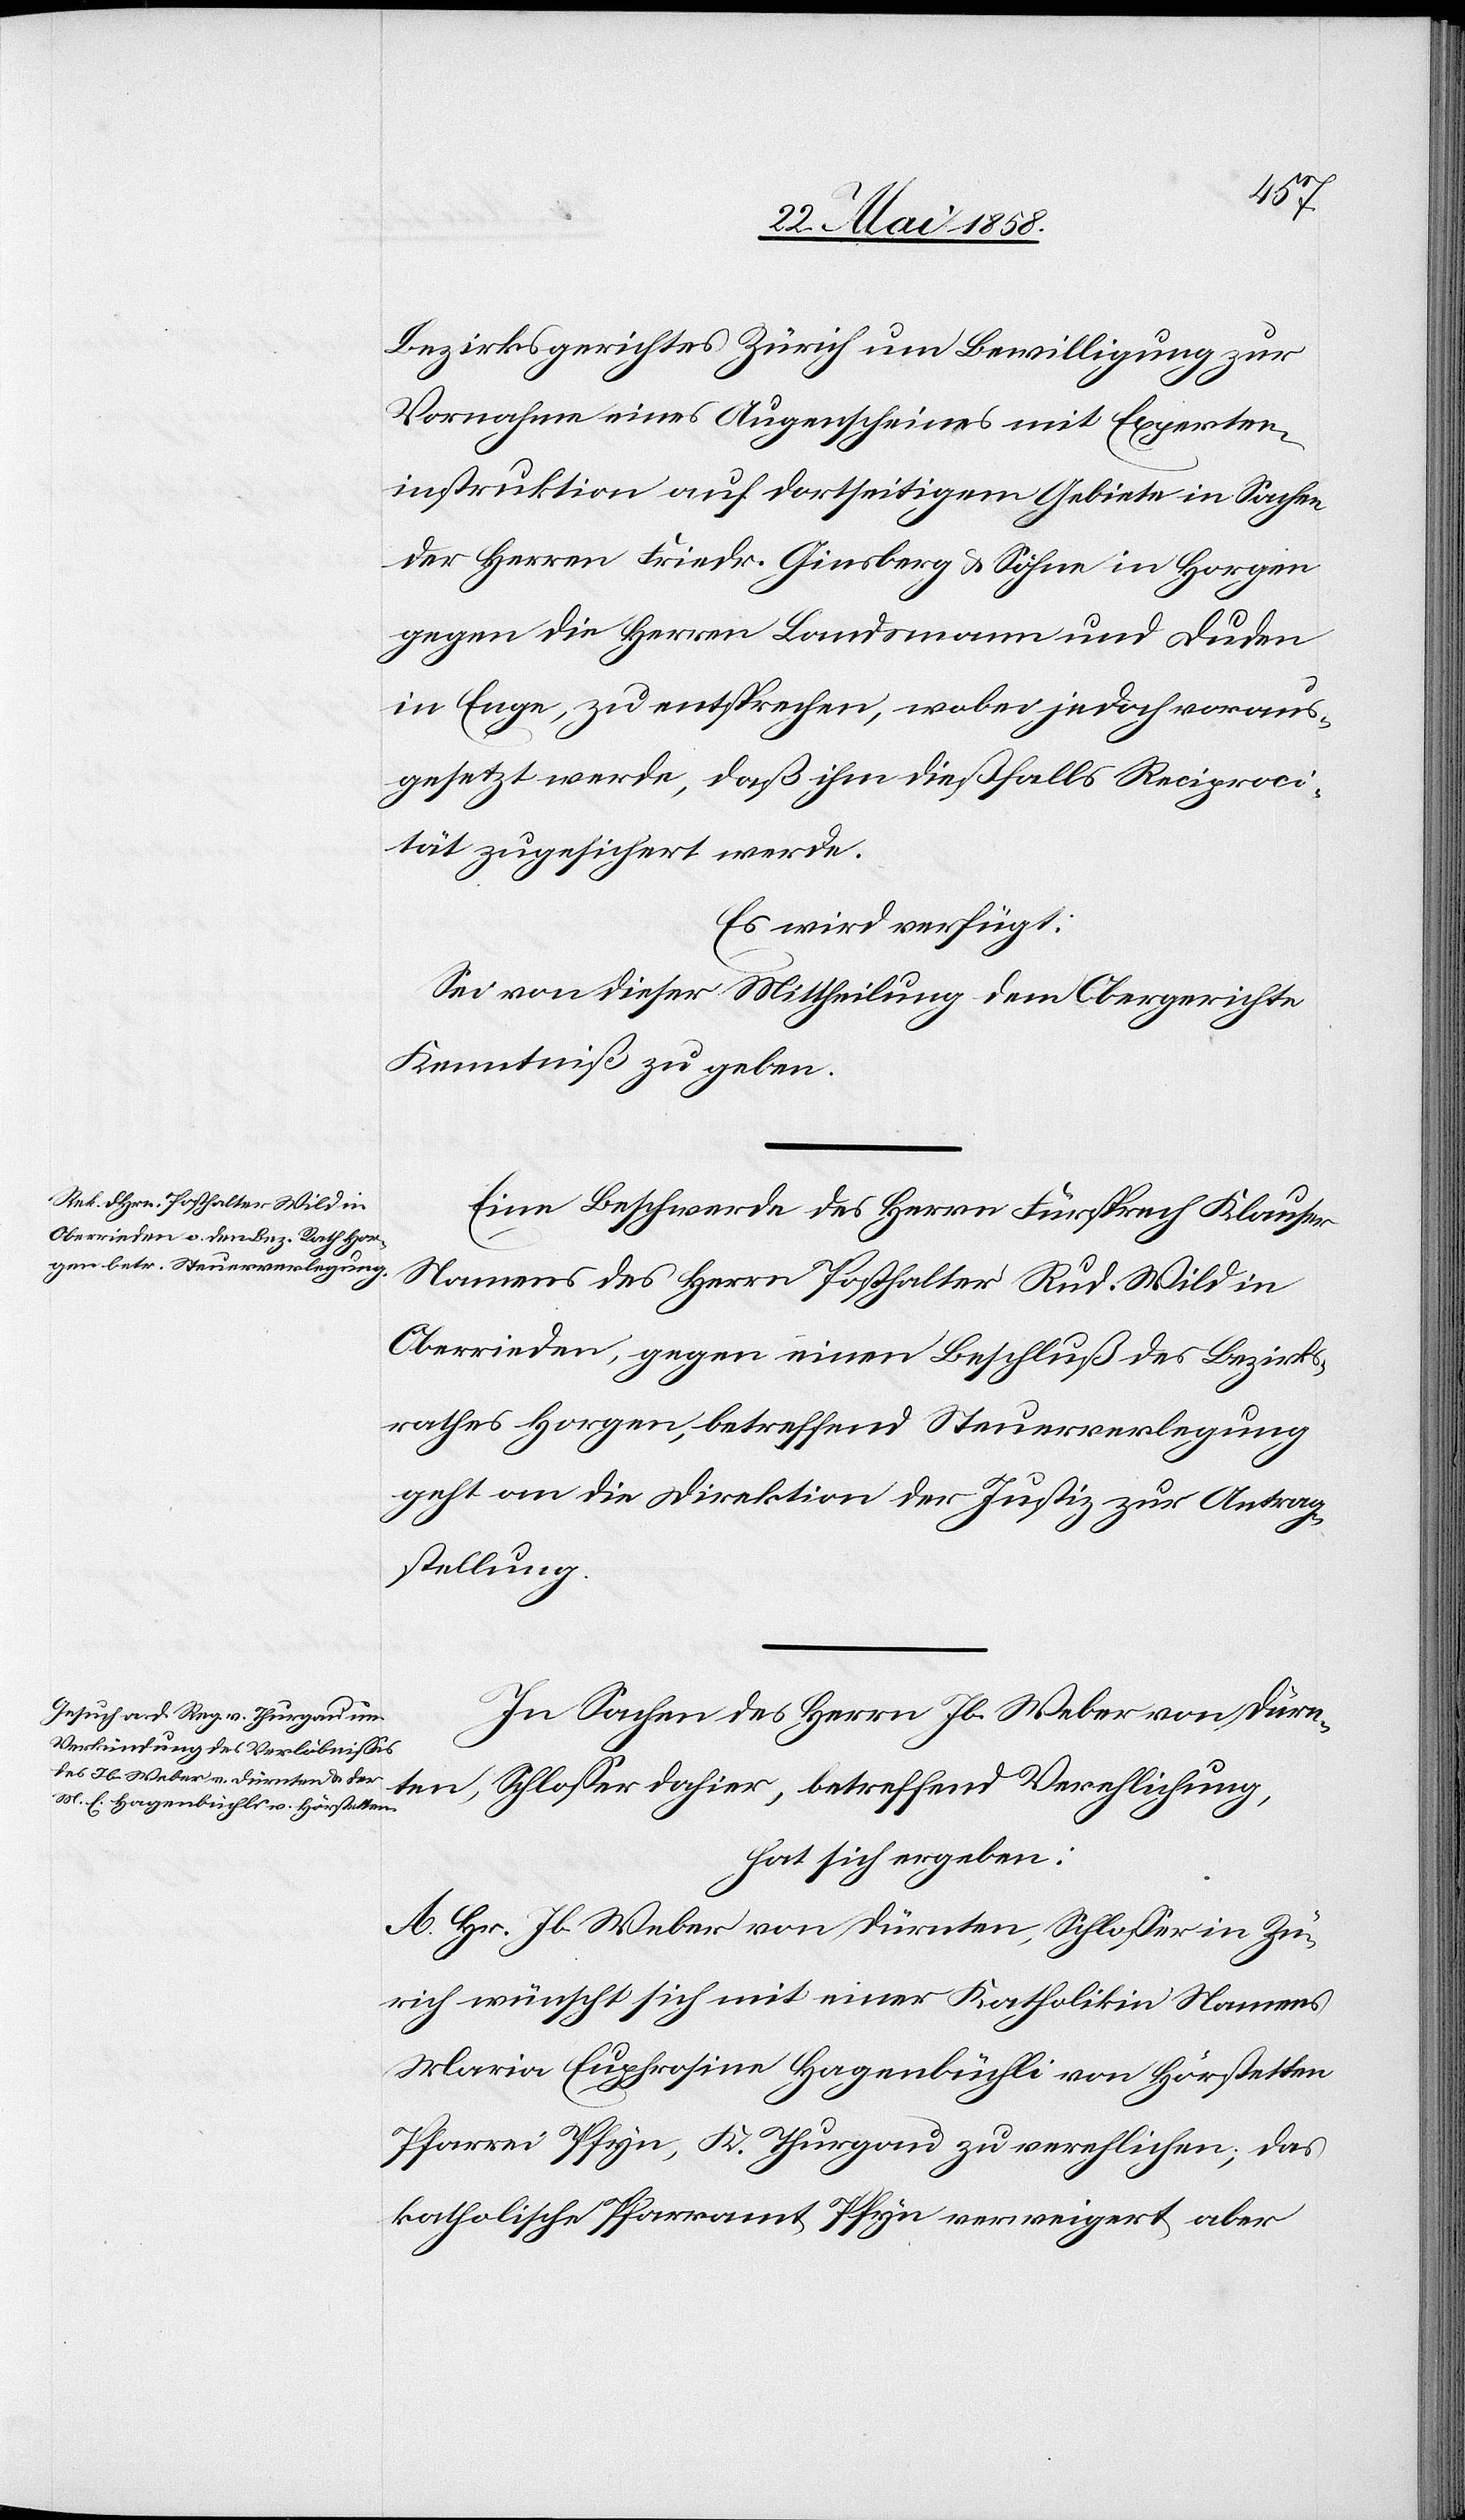
den
26. Mai 1858.]
Bezirksgerichtes Zürich um Bewilligung zur
Vornahme eines Augenscheines mit Experten¬
instruktion auf dortseitigem Gebiete in Sachen
der Herren Friedr. Ginsberg & Söhne in Horgen
gegen die Herren Landsmann und Duden
in Enge, zu entsprechen, wobei jedoch voraus¬
gesetzt werde, daß ihm dießfalls Reciproci¬
tät zugesichert werde.
Es wird verfügt:
Sei von dieser Mittheilung dem Obergerichte
Kenntniß zu geben.
Eine Beschwerde des Herrn Fürsprech Klauser
Namens des Herrn Posthalter Rud. Wild in
Oberrieden, gegen einen Beschluß des Bezirks¬
rathes Horgen, betreffend Steuerverlegung
geht an die Direktion der Justiz zur Antrag¬
stellung.
In Sachen des Herrn Jb. Weber von Dürn¬
ten, Schlosser dahier, betreffend Verehlichung,
hat sich ergeben:
A. Hr. Jb. Weber von Dürnten, Schlosser in Zü¬
rich wünscht sich mit einer Katholikin Namens
Maria Euphrosine Hagenbüchli in Hörstetten
Pfarrei Pfyn, K. Thurgau zu verehlichen; das
katholische Pfarramt Pfyn verweigert aber